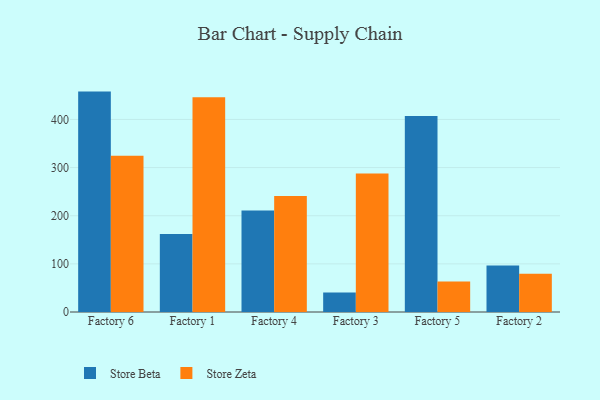
{"axis": {"x": "Factory", "y": "Backlog"}, "legend": ["Store Beta", "Store Zeta"], "data": [{"x": "Factory 6", "y": 457.8, "type": "Store Beta"}, {"x": "Factory 6", "y": 324.5, "type": "Store Zeta"}, {"x": "Factory 1", "y": 161.9, "type": "Store Beta"}, {"x": "Factory 1", "y": 445.9, "type": "Store Zeta"}, {"x": "Factory 4", "y": 210.9, "type": "Store Beta"}, {"x": "Factory 4", "y": 240.9, "type": "Store Zeta"}, {"x": "Factory 3", "y": 40.3, "type": "Store Beta"}, {"x": "Factory 3", "y": 287.5, "type": "Store Zeta"}, {"x": "Factory 5", "y": 407.1, "type": "Store Beta"}, {"x": "Factory 5", "y": 63.4, "type": "Store Zeta"}, {"x": "Factory 2", "y": 96.5, "type": "Store Beta"}, {"x": "Factory 2", "y": 79.2, "type": "Store Zeta"}]}